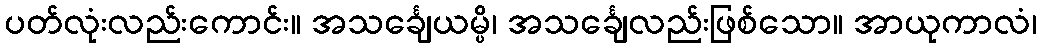
ပတ်လုံးလည်းကောင်း။ အသင်္ချေယမ္ပိ၊ အသင်္ချေလည်းဖြစ်သော။ အာယုကာလံ၊